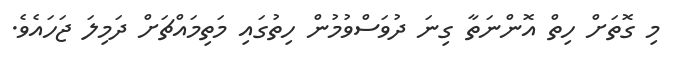
މި ގޮތަށް ހިތް އޮންނަތާ ގިނަ ދުވަސްވުމުން ހިތުގައި މަތިމައްޗަށް ދަމިލަ ޖަހައެވެ.